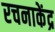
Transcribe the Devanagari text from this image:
रचनाकेंद्र